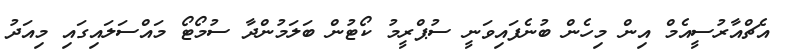
އެޗްއާރުސީއެމް އިން މިހެން ބުނެފައިވަނީ ސުޕްރީމު ކޯޓުން ބަލަމުންދާ ސުމޯޓޯ މައްސަލައިގައި މިއަދު